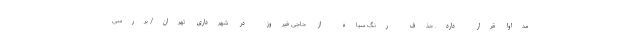
مداوا قرار دارد. حذف رنگ سیاه از حاجی فیروز در شهرداری تهران/ بررسی